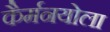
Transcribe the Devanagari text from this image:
कैर्मनयोला